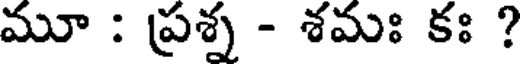
మూ : ప్రశ్న - శమః కః ?